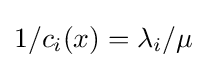
1/c_{i}(x)=\lambda _{i}/\mu